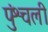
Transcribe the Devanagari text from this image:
पुंश्चली